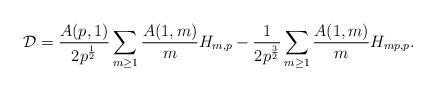
LaTeX: \begin{align*} \mathcal{D} = \frac{A(p, 1)}{2 p^{\frac{1}{2}}} \sum_{m \geq 1} \frac{A(1, m)}{m} H_{m, p} - \frac{1}{2 p^{\frac{3}{2}}} \sum_{m \geq 1} \frac{A(1, m)}{m} H_{m p, p}.\end{align*}